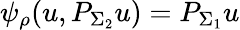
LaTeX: \psi_{\rho}(u,P_{\Sigma_{2}}u)=P_{\Sigma_{1}}u